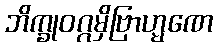
ဘိက္ခုဝဂ္ဂမှိဗြာဟ္မဏေ